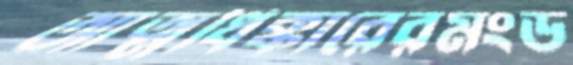
আত্মধিক্কারেরমংড